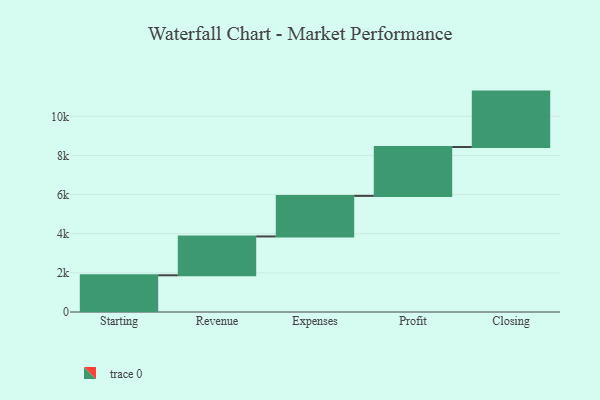
{"axis": {"x": "Step", "y": "Value"}, "legend": [""], "data": [{"x": "Starting", "y": 1876.0, "type": ""}, {"x": "Revenue", "y": 1985.0, "type": ""}, {"x": "Expenses", "y": 2073.0, "type": ""}, {"x": "Profit", "y": 2497.0, "type": ""}, {"x": "Closing", "y": 2832.0, "type": ""}]}